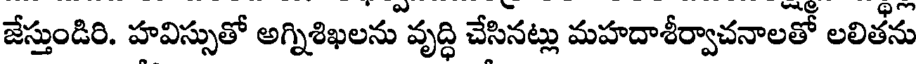
జేస్తుండిరి. హవిస్సుతో అగ్నిశిఖలను వృద్ధి చేసినట్లు మహదాశీర్వాచనాలతో లలితీను